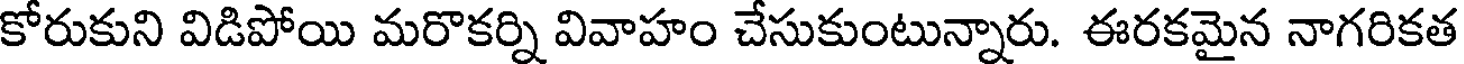
కోరుకుని విడిపోయి మరొకర్ని వివాహం చేసుకుంటున్నారు. ఈరకమైన నాగరికత